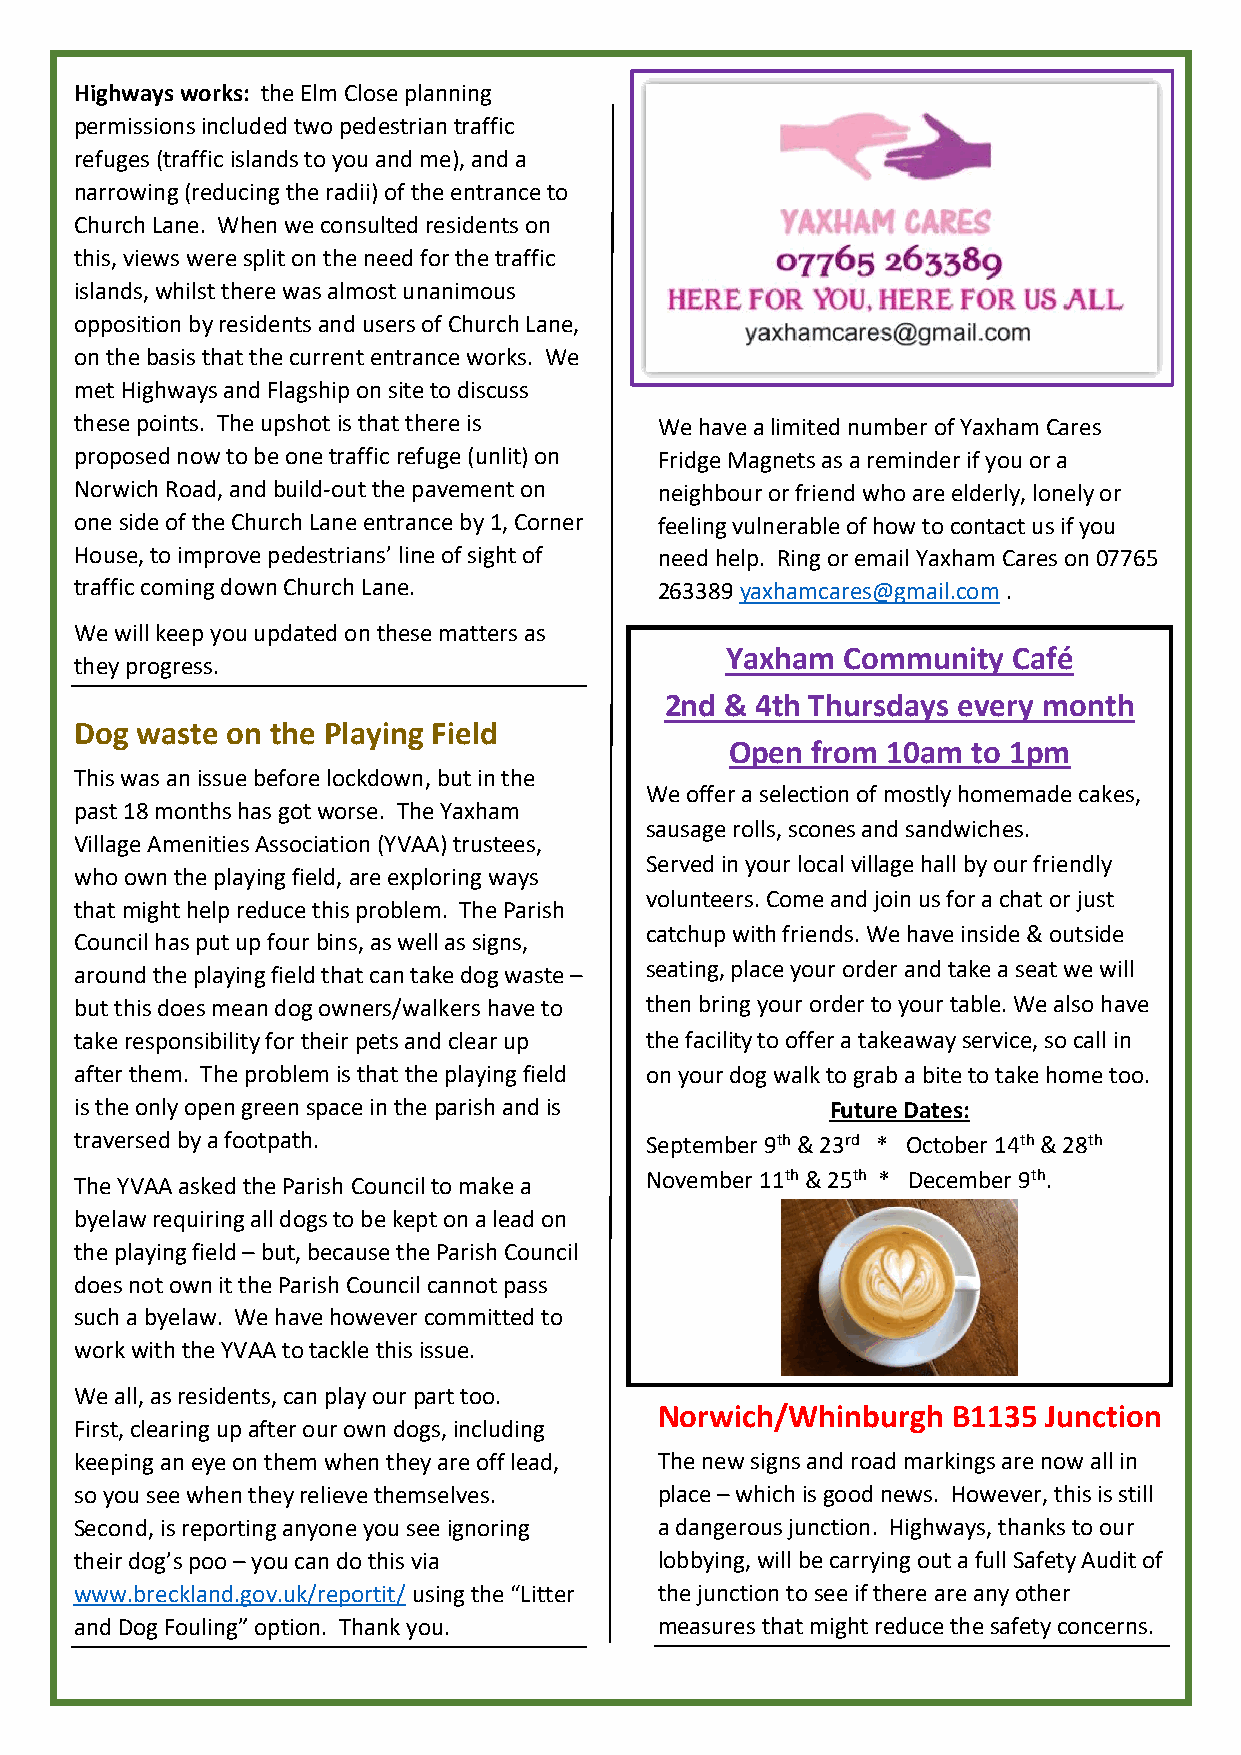
Highways works: the Elm Close planning
 permissions included two pedestrian traffic
 refuges (traffic islands to you and me), and a
 narrowing (reducing the radii) of the entrance to
 Church Lane. When we consulted residents on
 this, views were split on the need for the traffic
 islands, whilst there was almost unanimous
 opposition by residents and users of Church Lane,
 on the basis that the current entrance works. We
 met Highways and Flagship on site to discuss
 these points. The upshot is that there is We have a limited number of Yaxham Cares
 proposed now to be one traffic refuge (unlit) on Fridge Magnets as a reminder if you or a
 Norwich Road, and build-out the pavement on neighbour or friend who are elderly, lonely or
 one side of the Church Lane entrance by 1, Corner feeling vulnerable of how to contact us if you
 House, to improve pedestrians’ line of sight of need help. Ring or email Yaxham Cares on 07765
 traffic coming down Church Lane.       263389 yaxhamcares@gmail.com .
 We will keep you updated on these matters as
 Yaxham  Community  Café
 they progress.
 2nd & 4th Thursdays every month
 Dog waste on the Playing Field
 Open  from 10am to 1pm
 This was an issue before lockdown, but in the
 We offer a selection of mostly homemade cakes,
 past 18 months has got worse. The Yaxham
 sausage rolls, scones and sandwiches.
 Village Amenities Association (YVAA) trustees,
 Served in your local village hall by our friendly
 who own the playing field, are exploring ways
 volunteers. Come and join us for a chat or just
 that might help reduce this problem. The Parish
 catchup with friends. We have inside & outside
 Council has put up four bins, as well as signs,
 around the playing field that can take dog waste – seating, place your order and take a seat we will
 but this does mean dog owners/walkers have to then bring your order to your table. We also have
 take responsibility for their pets and clear up the facility to offer a takeaway service, so call in
 after them. The problem is that the playing field on your dog walk to grab a bite to take home too.
 is the only open green space in the parish and is Future Dates:
 traversed by a footpath.              September 9th & 23rd * October 14th & 28th
 The YVAA asked the Parish Council to make a November 11th & 25th * December 9th.
 byelaw requiring all dogs to be kept on a lead on
 the playing field – but, because the Parish Council
 does not own it the Parish Council cannot pass
 such a byelaw. We have however committed to
 work with the YVAA to tackle this issue.
 We all, as residents, can play our part too.
 Norwich/Whinburgh  B1135 Junction
 First, clearing up after our own dogs, including
 keeping an eye on them when they are off lead, The new signs and road markings are now all in
 so you see when they relieve themselves. place – which is good news. However, this is still
 Second, is reporting anyone you see ignoring a dangerous junction. Highways, thanks to our
 their dog’s poo – you can do this via  lobbying, will be carrying out a full Safety Audit of
 www.breckland.gov.uk/reportit/ using the “Litter the junction to see if there are any other
 and Dog Fouling” option. Thank you.    measures that might reduce the safety concerns.